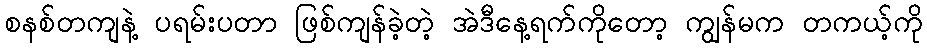
စနစ်တကျနဲ့ ပရမ်းပတာ ဖြစ်ကျန်ခဲ့တဲ့ အဲဒီနေ့ရက်ကိုတော့ ကျွန်မက တကယ့်ကို